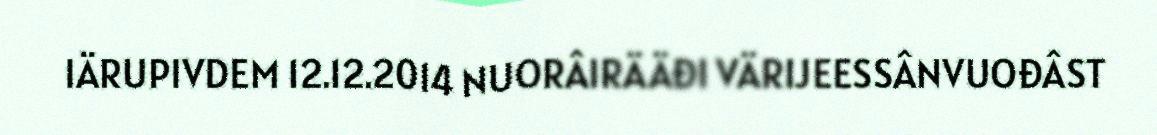
IÄRUPIVDEM 12.12.2014 NUORÂIRÄÄĐI VÄRIJEESSÂNVUOĐÂST